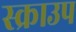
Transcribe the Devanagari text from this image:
स्क्राउप